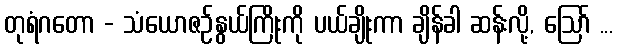
တုရံဂတော - သံယောဇဉ်နွယ်ကြိုးကို ပယ်ချိုးကာ ချိန်ခါ ဆန်းလို့, ဩော် ...